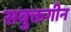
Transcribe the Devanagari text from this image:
सबुक्तगीन